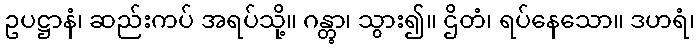
ဥပဋ္ဌာနံ၊ ဆည်းကပ် အရပ်သို့။ ဂန္တွာ၊ သွား၍။ ဌိတံ၊ ရပ်နေသော။ ဒဟရံ၊